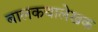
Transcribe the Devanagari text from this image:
बालकथालेखक